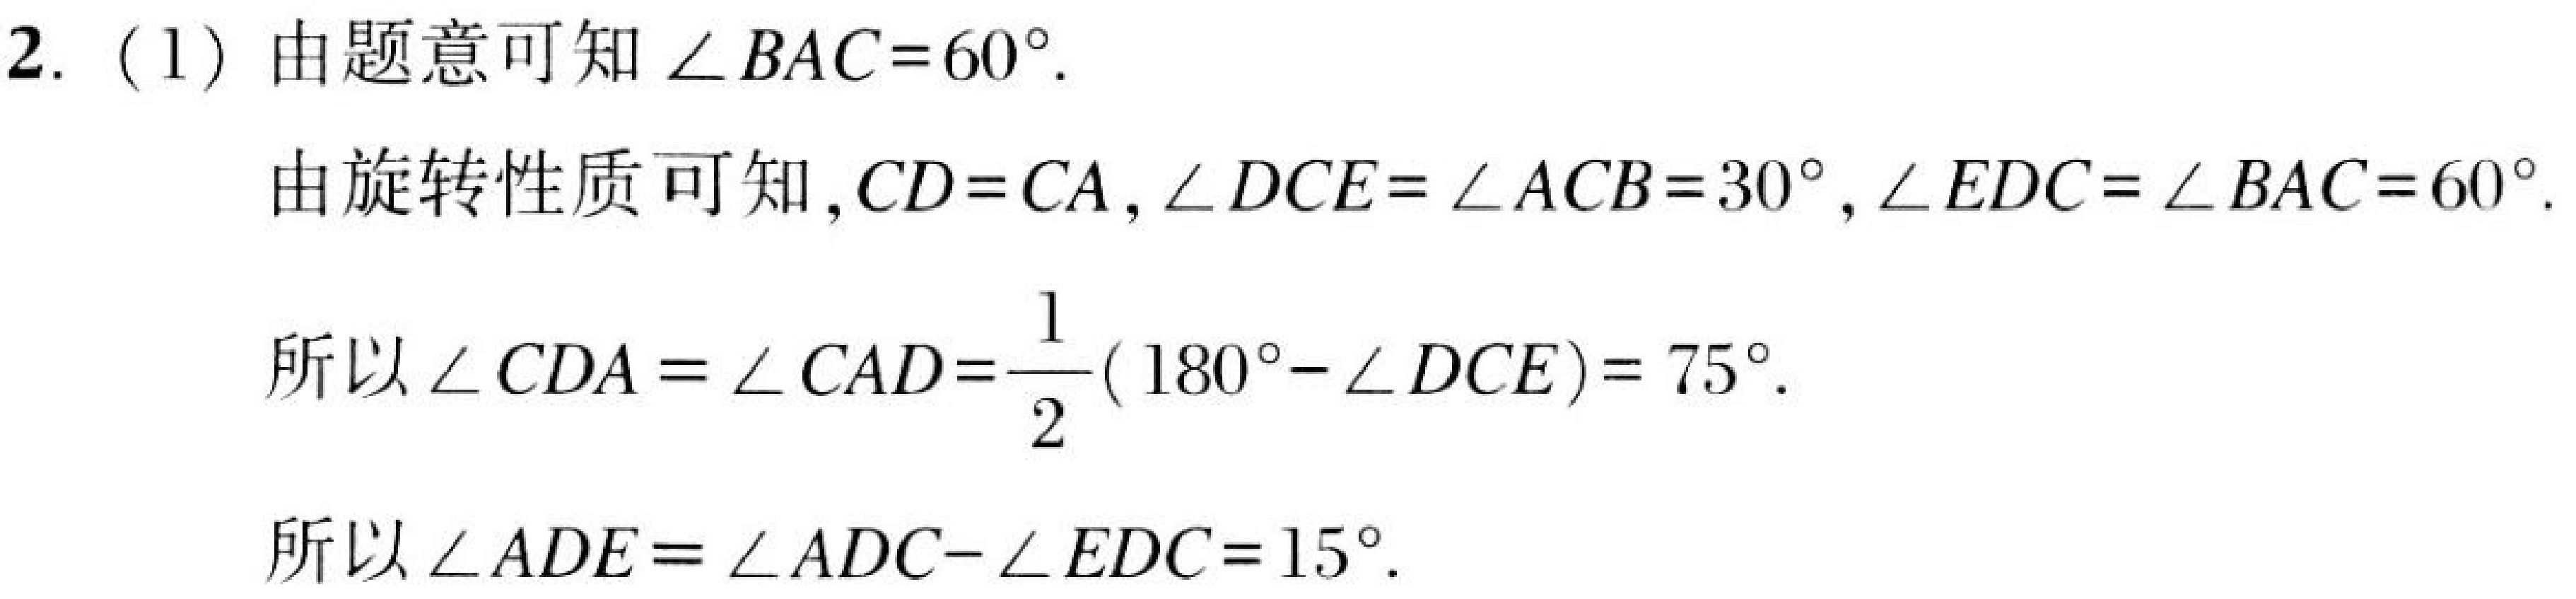
2.（1）由题意可知\(\angle BAC = 60^{\circ}\).
由旋转性质可知，\(CD = CA\)，\(\angle DCE=\angle ACB = 30^{\circ}\)，\(\angle EDC=\angle BAC = 60^{\circ}\).
所以\(\angle CDA=\angle CAD=\frac{1}{2}(180^{\circ}-\angle DCE)=75^{\circ}\).
所以\(\angle ADE=\angle ADC - \angle EDC = 15^{\circ}\).